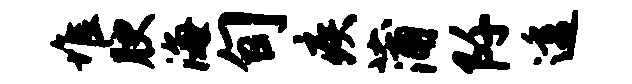
堆腴海旬疾蒲阡透